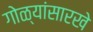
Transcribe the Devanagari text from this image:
गोळ्यांसारखे